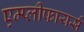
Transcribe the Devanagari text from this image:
एम्प्लीफायर्स